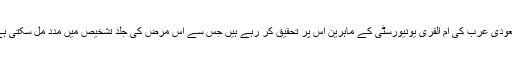
سعودی عرب کی ام القری یونیورسٹی کے ماہرین اس پر تحقیق کر رہے ہیں جس سے اس مرض کی جلد تشخیص میں مدد مل سکتی ہے۔